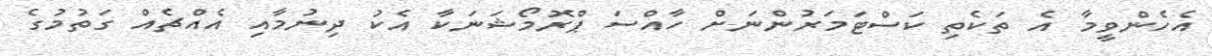
އެހެންވީމާ އެ ތަކެތި ކަސްޓަމަރުންނަށް ހާއްސަ ޕްރޮމޯޝަނަކާ އެކު ދިނުމާއި އެއްޗެއް ގަތުމުގެ